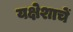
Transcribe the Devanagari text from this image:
यक्षेशाचें